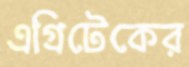
এগ্রিটেকের